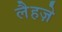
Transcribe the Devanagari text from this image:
लैहज़े